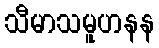
သီမာသမူဟနန